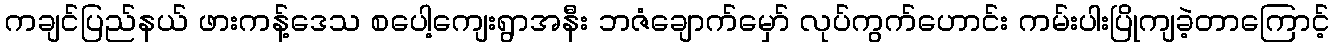
ကချင်ပြည်နယ် ဖားကန့်ဒေသ စပေါ့ကျေးရွာအနီး ဘဇံချောက်မှော် လုပ်ကွက်ဟောင်း ကမ်းပါးပြိုကျခဲ့တာကြောင့်